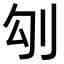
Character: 𠚸